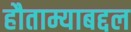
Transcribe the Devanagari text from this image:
हौताम्याबद्दल